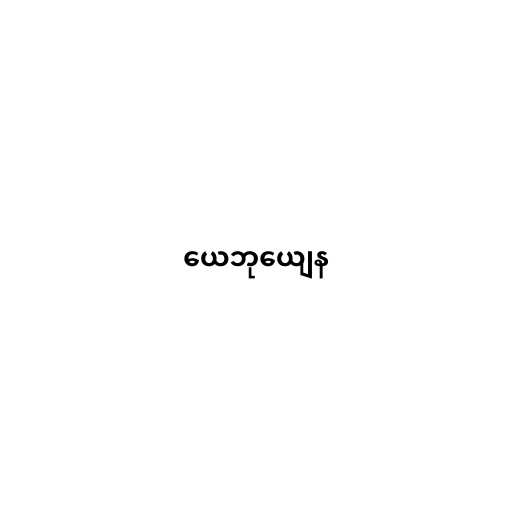
ယေဘုယျေန